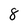
Character: 8